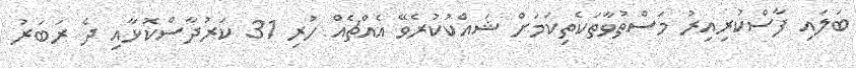
ބަލައި ފާސްކުރިއިރު މަސްތުވާތަކެތިކަމަށް ޝައްކުކުރެވޭ އެއްޗެއް ހުރި 31 ކަރުދާސްކޮޅާއި ދެ ރަބަރު